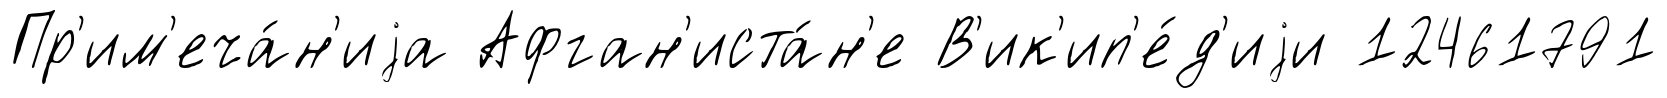
Пр'им'еча́н'иjа Афган'иста́н'е В'ик'ип'е́д'иjи 12461791